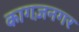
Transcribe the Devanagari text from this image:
कागज़नगर